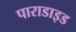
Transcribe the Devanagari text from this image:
पाराडाइड